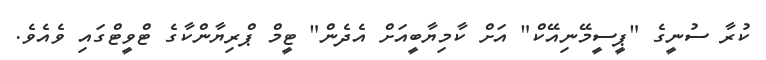
ކުރާ ސުނީގެ "ޕީސީމޭނިއޭކް" އަށް ކާމިޔާބީއަށް އެދެން" ޓީމް ޕްރިޔާންކާގެ ޓްވީޓްގައި ވެއެވެ.